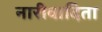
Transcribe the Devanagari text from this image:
नारीवादिता